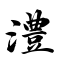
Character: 澧